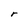
Character: r